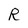
Character: R